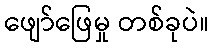
ဖျော်ဖြေမှု တစ်ခုပဲ။